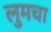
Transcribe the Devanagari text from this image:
लुमचा